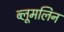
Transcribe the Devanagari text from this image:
ब्लूमलिन